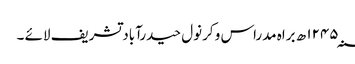
۱۲۴۵؁ ھ براہ مدراس و کرنول حیدرآباد تشریف لائے ۔